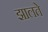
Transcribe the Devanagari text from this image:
झालते